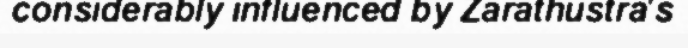
considerably influenced by Zarathustra's